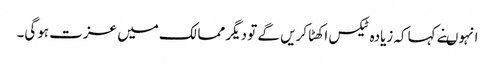
انہوںنے کہاکہ زیادہ ٹیکس اکھٹا کریں گے تو دیگر ممالک میں عزت ہوگی۔